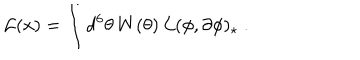
{ \cal L } ( x ) = \int d ^ { 6 } \theta \, W ( \theta ) \, { \cal L } ( \phi , \partial \phi ) _ { \star } \ .